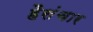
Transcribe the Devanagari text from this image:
हैसंचार